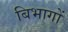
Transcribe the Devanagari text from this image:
बिभागों